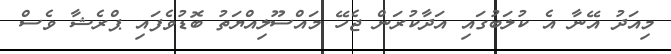
މިއަދު އޭނާ އެ ކުލަބުގައި އަދާކުރަން ޖެހޭ މައްސޫލިއްޔަތު ބޮޑުވެފައި ޕްރެޝާ ވެސް